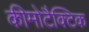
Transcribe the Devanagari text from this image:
कीमोटैक्टिक